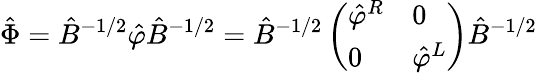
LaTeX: \hat{\Phi}=\hat{B}^{-1/2}\hat{\varphi}\hat{B}^{-1/2}=\hat{B}^{-1/2}\left(\begin{array}{ll}{{\hat{\varphi}^{R}}}&{{0}}\\ {{0}}&{{\hat{\varphi}^{L}}}\end{array}\right)\hat{B}^{-1/2}